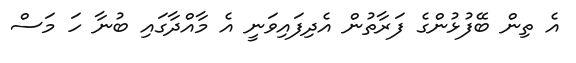
އެ ތިން ބޭފުޅުންގެ ފަރާތުން އެދިފައިވަނީ އެ މާއްދާގައި ބުނާ ހަ މަސް